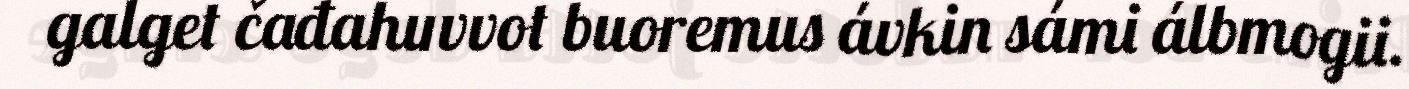
galget čađahuvvot buoremus ávkin sámi álbmogii.